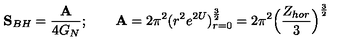
{ \bf S } _ { B H } = { \frac { \bf A } { 4 G _ { N } } } ; \qquad { \bf A } = 2 \pi ^ { 2 } ( r ^ { 2 } e ^ { 2 U } ) _ { r = 0 } ^ { \frac { 3 } { 2 } } = 2 \pi ^ { 2 } \Big ( { \frac { Z _ { h o r } } { 3 } } \Big ) ^ { \frac { 3 } { 2 } }